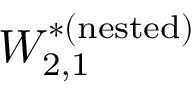
W _ { 2 , 1 } ^ { * ( \mathrm { n e s t e d } ) }